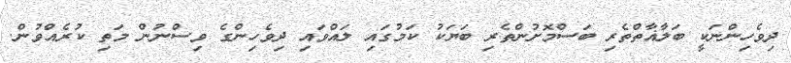
ދިވެހިންނަކީ ބަލާޣާތްތެރި ބަސްމޮށުންތެރި ބަޔަކު ކަމުގައި ލައްވައި ދިވެހިންގެ ވިސްނުން މަތި ކުރެއްވުން.